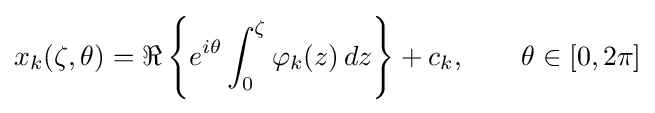
x_{k}(\zeta ,\theta )=\Re \left\{e^{i\theta }\int _{0}^{\zeta }\varphi _{k}(z)\,dz\right\}+c_{k},\qquad \theta \in [0,2\pi ]